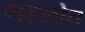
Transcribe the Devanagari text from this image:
गहलोत्